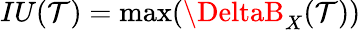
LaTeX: IU(\mathcal{T})=\operatorname*{max}({\DeltaB_{X}(\mathcal{T})})